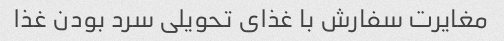
مغایرت سفارش با غذای تحویلی سرد بودن غذا